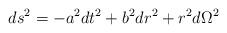
LaTeX: \begin{align*}ds^2 = - a^2 dt^2 + b^{2}dr^2 + r^2d\Omega^2\end{align*}